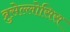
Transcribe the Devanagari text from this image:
ब्रुसेल्लोसिस